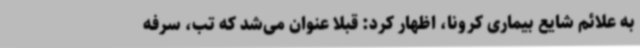
به علائم شایع بیماری کرونا، اظهار کرد: قبلا عنوان می‌شد که تب، سرفه